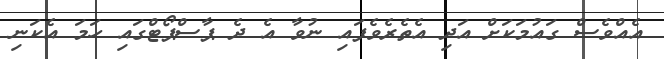
އެއްވެސް ގައުމަކަށް އަދި އެތެރެވެފައި ނުވާ އެ ދެ ޕާސްޕޯޓްގައި ހަމަ އެކަނި